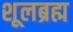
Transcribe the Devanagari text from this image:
शूलब्रह्म